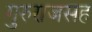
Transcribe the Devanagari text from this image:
गुरुराजसह